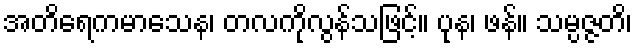
အတိရေကမာသေန၊ တလကိုလွန်သဖြင့်။ ပုန၊ ဖန်။ သမ္ပဇ္ဇတိ၊